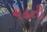
ચઢતી